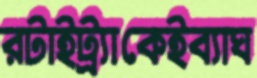
রটাইট্র্যাকেইব্যাঘ